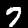
Digit: 7